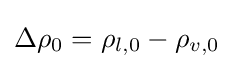
\Delta \rho _{0}=\rho _{l,0}-\rho _{v,0}